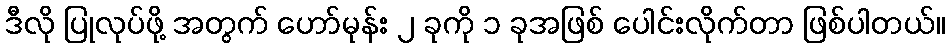
ဒီလို ပြုလုပ်ဖို့ အတွက် ဟော်မုန်း ၂ ခုကို ၁ ခုအဖြစ် ပေါင်းလိုက်တာ ဖြစ်ပါတယ်။